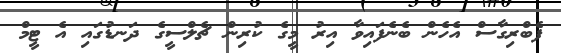
ފެބްރިގާސް އެހެން ބެނެފައިވާ އިރު މީގެ ކުރިން ޗެލްސީގެ ދަނޑުގައި އެ ޓީމް